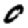
Digit: 0